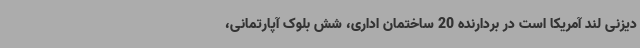
دیزنی لند آمریکا است در بردارنده 20 ساختمان اداری، شش بلوک آپارتمانی،